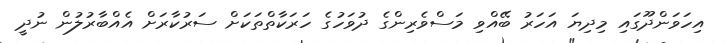
އިހަވަންދޫގައި މިދިޔަ އަހަރު ބޭއްވި މަސްވެރިންގެ ދުވަހުގެ ހަރަކާތްތަކަށް ސަރުކާރަށް އެއްބާރުލުން ނުދީ